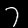
Digit: 7